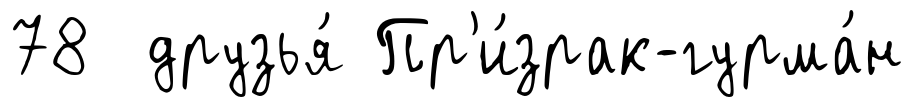
78 друзья́ Пр'и́зрак-гурма́н